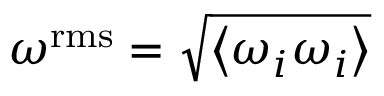
\omega ^ { \mathrm { { r m s } } } = \sqrt { \left\langle { { \omega _ { i } } { \omega _ { i } } } \right\rangle }